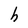
Character: h